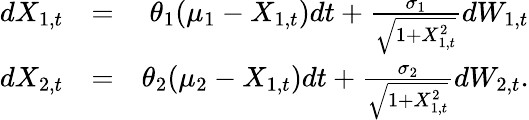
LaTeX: \begin{array}{rlr}{dX_{1,t}}&{=}&{\theta_{1}(\mu_{1}-X_{1,t})dt+\frac{\sigma_{1}}{\sqrt{1+X_{1,t}^{2}}}dW_{1,t}}\\ {dX_{2,t}}&{=}&{\theta_{2}(\mu_{2}-X_{1,t})dt+\frac{\sigma_{2}}{\sqrt{1+X_{1,t}^{2}}}dW_{2,t}.}\end{array}